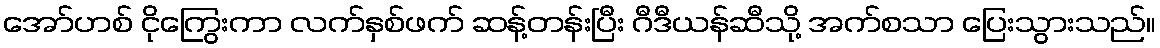
အော်ဟစ် ငိုကြွေးကာ လက်နှစ်ဖက် ဆန့်တန်းပြီး ဂီဒီယန်ဆီသို့ အက်စသာ ပြေးသွားသည်။